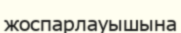
жоспарлауышына